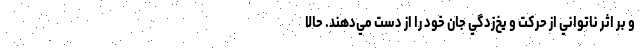
و بر اثر ناتواني از حركت و يخ‌زدگي جان خود را از دست مي‌دهند. حالا